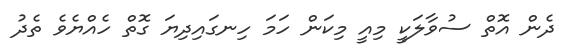
ދެން އޮތް ސުވާލަކީ މިއީ މިކަން ހަމަ ހިނގައިދިޔަ ގޮތް ހެއްޔެވެ ތެދު